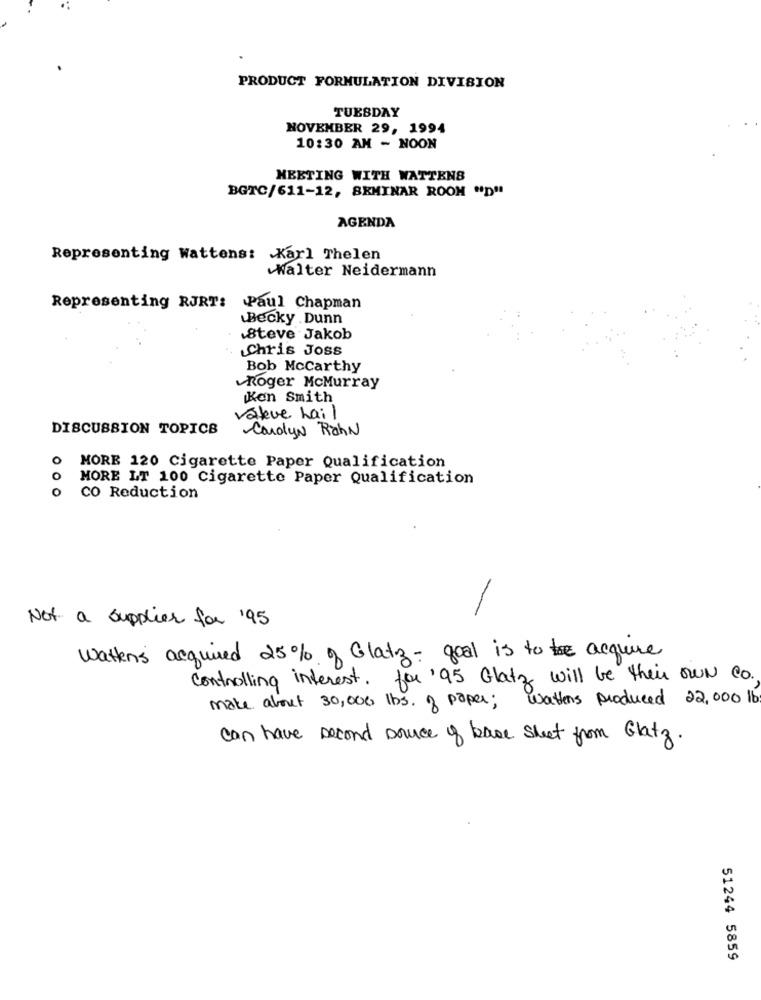
PRODUCT FORMULATION DIVISION
TUESDAY
NOVEMBER 29, 1994
10:30 AM - NOON
MEETING WITH WATTENS
BGTC/611-12, SEMINAR ROOM "D"
AGENDA
Representing Wattens: Karl Thelen
Walter Neidermann
Representing RJRT:
Paul Chapman
Becky .Dunn
.Steve Jakob
Chris Joss
Bob Mccarthy
Roger McMurray
Ken Smith
Valeve Lail
DISCUSSION TOPICS
Carolyn RichN
MORE 120 Cigarette Paper Qualification
O
MORE LT 100 Cigarette Paper Qualification
o
CO Reduction
Not a supplier for '95
Wattens acquired 25% of Glatz- goal is to acquire
controlling interest. for '95 Glatz will be their own co.
make about 30,000 lbs. of paper; wattens produced 22,000 lb
can have second source of base sheet from Glatz.
51244 5859